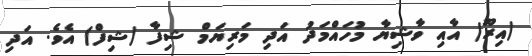
(އިރޫ) އާއި ވާޝިޔާ މުހައްމަދު އަދި މަރިޔަމް ޝިފާ (ޝިފް) އެވެ. އަދި